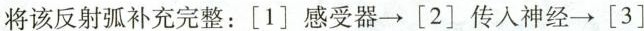
将该反射弧补充完整：[1]感受器\rightarrow[2]传入神经\rightarrow[3]